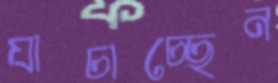
যাচাচ্ছেন